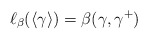
\begin{align*} \ell_\beta(\langle \gamma\rangle)=\beta(\gamma,\gamma^+)\end{align*}